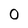
Character: 0